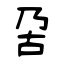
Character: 呄